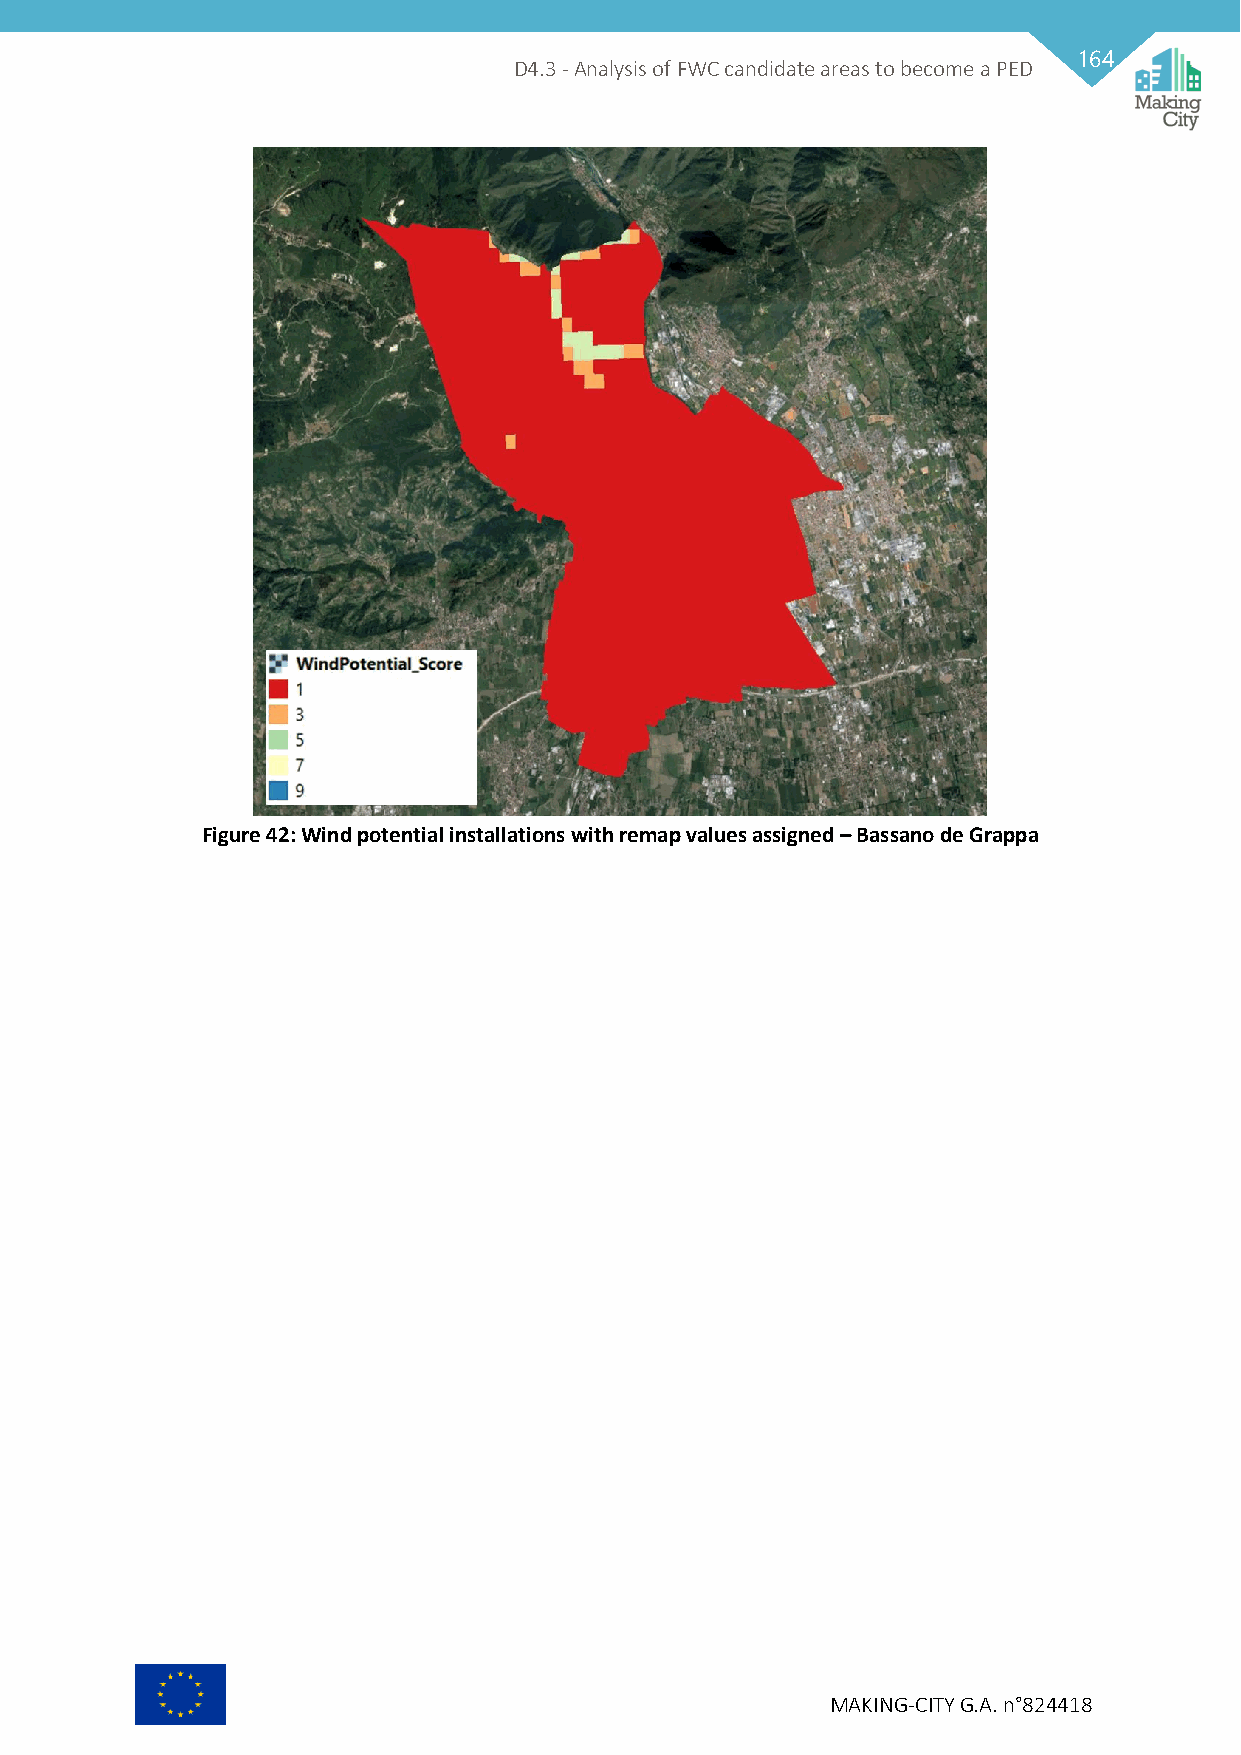
164
 D4.3 - Analysis of FWC candidate areas to become a PED
 Figure 42: Wind potential installations with remap values assigned – Bassano de Grappa
 MAKING-CITY G.A. n°824418